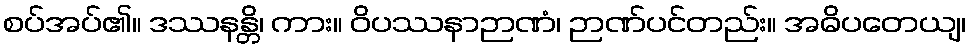
စပ်အပ်၏။ ဒဿနန္တိ၊ ကား။ ဝိပဿနာဉာဏံ၊ ဉာဏ်ပင်တည်း။ အဓိပတေယျ၊